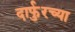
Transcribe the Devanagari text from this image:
दार्फुरच्या